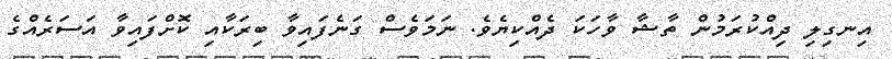
އިނގިލި ދިއްކުރަމުން ތާޝާ ވާހަކަ ދެއްކިޔެވެ. ނަމަވެސް ގަނެފައިވާ ބިރަކާއި ކޮށްފައިވާ އަސަރެއްގެ